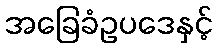
အခြေခံဥပဒေနှင့်